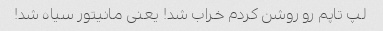
لپ تاپم رو روشن کردم خراب شد! یعنی مانیتور سیاه شد!